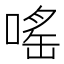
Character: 嗂